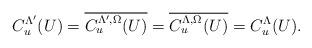
LaTeX: \begin{align*}C_u^{\Lambda'}(U)=\overline{C_u^{\Lambda',\Omega}(U)}=\overline{C_u^{\Lambda,\Omega}(U)}=C_u^\Lambda(U).\end{align*}